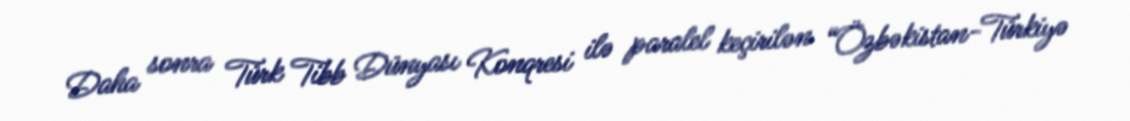
Daha sonra Türk Tibb Dünyası Konqresi ilə paralel keçirilən “Özbəkistan-Türkiyə